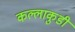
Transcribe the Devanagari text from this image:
कल्लाकुडी